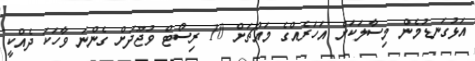
އަޅުގަނޑުމެން މިސާލަކަށް އަހަރެެއްގެ މައްޗަށް 10 ރިސޯޓް ވުޖޫދަށް ގެންނަ ވާހަކަ ދެއްކީ